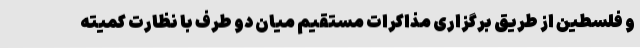
و فلسطین از طریق برگزاری مذاکرات مستقیم میان دو طرف با نظارت کمیته